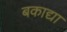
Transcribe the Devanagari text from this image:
बकाद्या